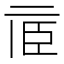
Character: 𠄱